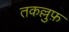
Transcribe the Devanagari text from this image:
तकल्लुफ़